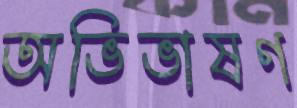
অভিভাষণ